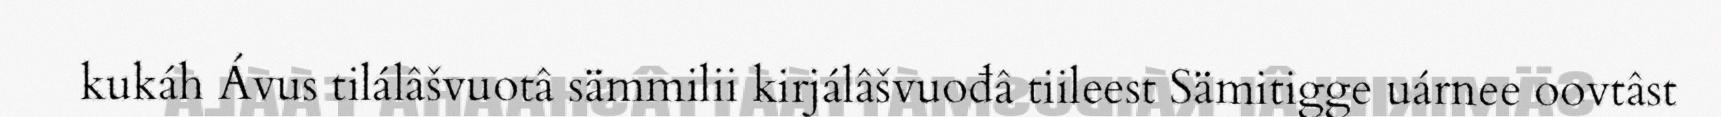
kukáh Ávus tilálâšvuotâ sämmilii kirjálâšvuođâ tiileest Sämitigge uárnee oovtâst